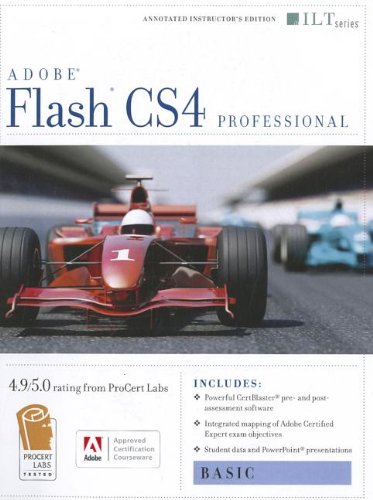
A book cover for Flash Cs4 Professional: Basic + Certblaster (ILT); Computers & Technology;